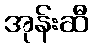
အုန်းဆီ